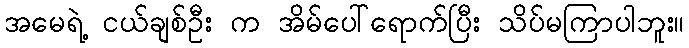
အမေရဲ့ ငယ်ချစ်ဦး က အိမ်ပေါ်ရောက်ပြီး သိပ်မကြာပါဘူး။